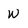
Character: w